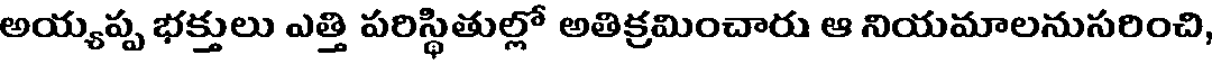
అయ్యప్ప భక్తులు ఎత్తి పరిస్థితుల్లో అతిక్రమించారు ఆ నియమాలనుసరించి,